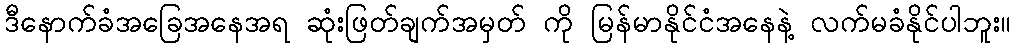
ဒီနောက်ခံအခြေအနေအရ ဆုံးဖြတ်ချက်အမှတ် ကို မြန်မာနိုင်ငံအနေနဲ့ လက်မခံနိုင်ပါဘူး။